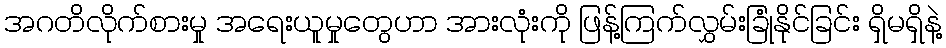
အဂတိလိုက်စားမှု အရေးယူမှုတွေဟာ အားလုံးကို ဖြန့်ကြက်လွှမ်းခြုံနိုင်ခြင်း ရှိမရှိနဲ့